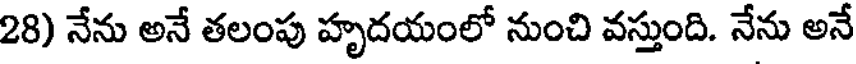
28) నేను అనే తలంపు హృదయంలో నుంచి వస్తుంది. నేను అనే